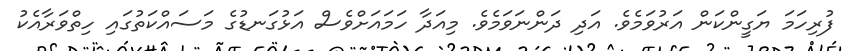
ފުރިހަމަ ޔަގީންކަން އަރުވަމެވެ. އަދި ދަންނަވަމެވެ. މިއަދާ ހަމައަށްވެސް އަޅުގަނޑުގެ މަސައްކަތުގައި ހިތްވަރާއެކު